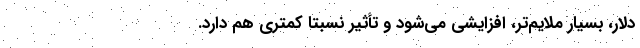
دلار، بسیار ملایم‌تر، افزایشی می‌شود و تأثیر نسبتاً کمتری هم دارد.